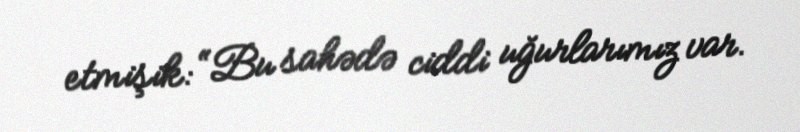
etmişik: “Bu sahədə ciddi uğurlarımız var.